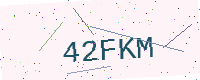
Text: 42FKM